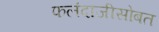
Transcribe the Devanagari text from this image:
फलंदाजीसोबत